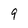
Character: 9